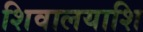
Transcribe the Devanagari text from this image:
शिवालयाशि